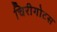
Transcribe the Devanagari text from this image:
चिरीगोटस